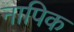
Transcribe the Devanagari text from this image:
नापिक